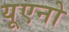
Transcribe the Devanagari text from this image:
यूएनो